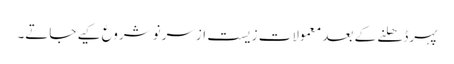
پہرڈھلنے کے بعد معمولات زیست ازسرنو شروع کیے جاتے۔